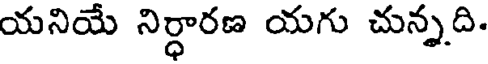
యనియే నిర్ధారణ యగు చున్నది.